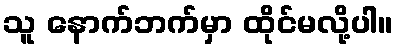
သူ နောက်ဘက်မှာ ထိုင်မလို့ပါ။